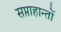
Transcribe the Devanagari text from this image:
सप्ताहान्तों